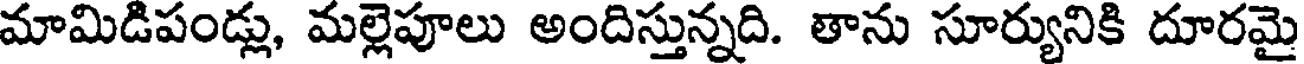
మామిడిపండ్లు, మల్లెపూలు అందిస్తున్నది. తాను సూర్యునికి దూరమై